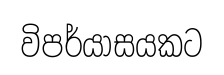
විපර්යාසයකට